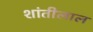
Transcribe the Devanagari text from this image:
शांतीलाल